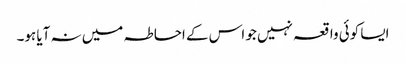
ایسا کوئی واقعہ نہیں جو اس کے احاطہ میں نہ آیا ہو۔